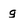
Character: g